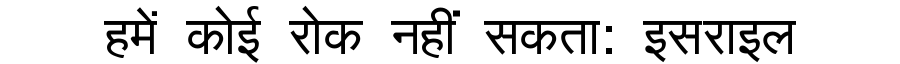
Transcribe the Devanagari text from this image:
हमें कोई रोक नहीं सकता: इसराइल